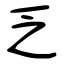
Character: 乏